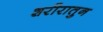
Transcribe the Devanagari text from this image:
शरीरातुन